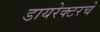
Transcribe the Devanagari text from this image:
डायरेक्टरचे